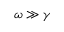
\omega \gg \gamma